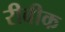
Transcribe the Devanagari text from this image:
रीबीक